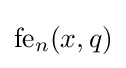
{\text{fe}}_{n}(x,q)